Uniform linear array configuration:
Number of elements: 24
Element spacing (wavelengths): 0.25
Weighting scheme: blackman
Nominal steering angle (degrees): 30
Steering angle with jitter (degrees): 29.51
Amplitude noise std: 0.05
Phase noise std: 0.05

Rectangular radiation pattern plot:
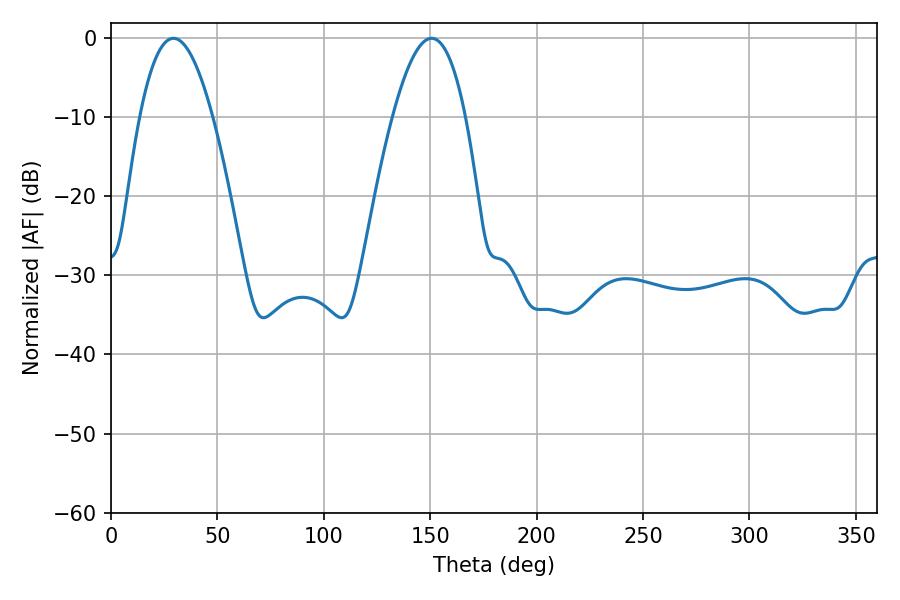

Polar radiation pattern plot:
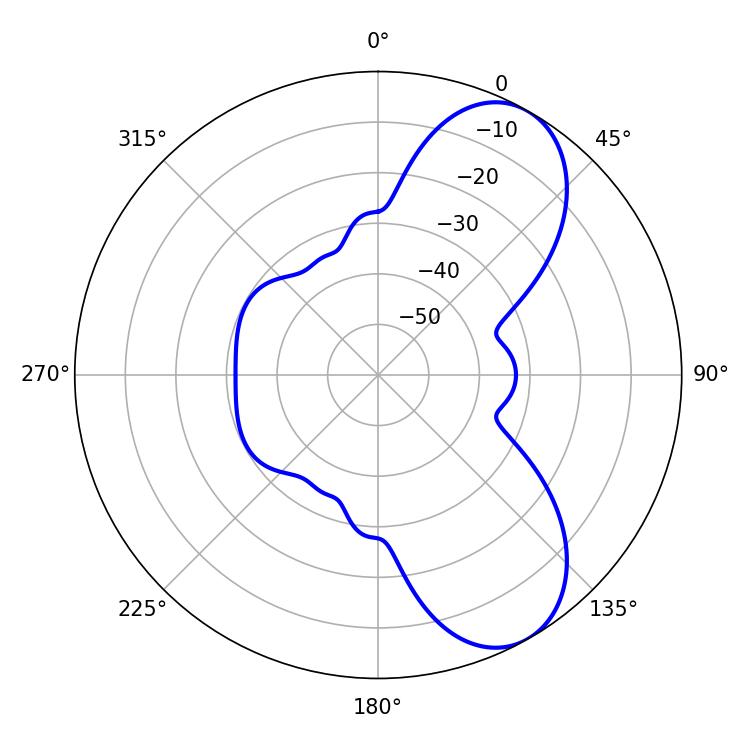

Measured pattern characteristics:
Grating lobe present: FALSE
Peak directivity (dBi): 7.577
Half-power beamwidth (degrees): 18.72
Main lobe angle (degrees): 29.34